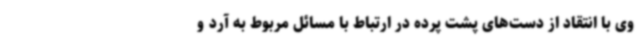
وی با انتقاد از دست‌های پشت پرده در ارتباط با مسائل مربوط به آرد و